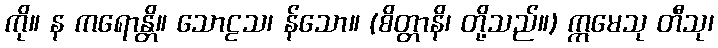
ကို။ န ကရောန္တိ။ သောဠသ၊ န်သော။ (စိတ္တာနိ၊ တို့သည်။) ဣမေသု တီသု၊